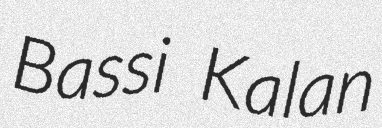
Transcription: Bassi Kalan